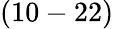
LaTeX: (10-22)